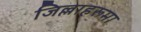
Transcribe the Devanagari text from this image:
जिल्लाहरूमा